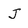
Character: J